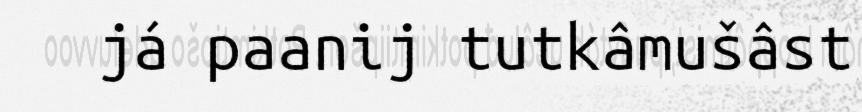
já paanij tutkâmušâst